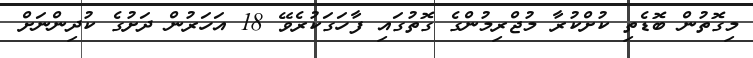
މިގޮތުން ބޮޑެތި ކުށްކުރާ މުޖްރިމުންގެ ގޮތުގައި ފާހަގަކުރެވޭ 18 އަހަރުން ދަށުގެ ކުދިންނަށް